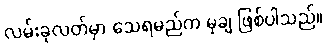
လမ်းခုလတ်မှာ သေရမည်က မုချ ဖြစ်ပါသည်။